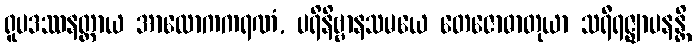
ရူပဒဿနတ္ထာယ အာလောကကရဏံ, ပရိနိဗ္ဗာနသမယေ တေဇောဓာတုယာ သရီရဇ္ဈာပနန္တိ